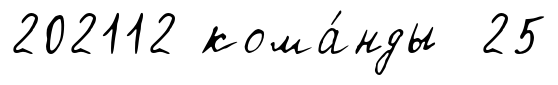
202112 кома́нды 25